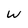
Character: W